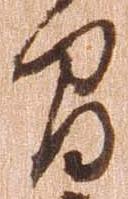
間